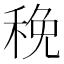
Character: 䅋